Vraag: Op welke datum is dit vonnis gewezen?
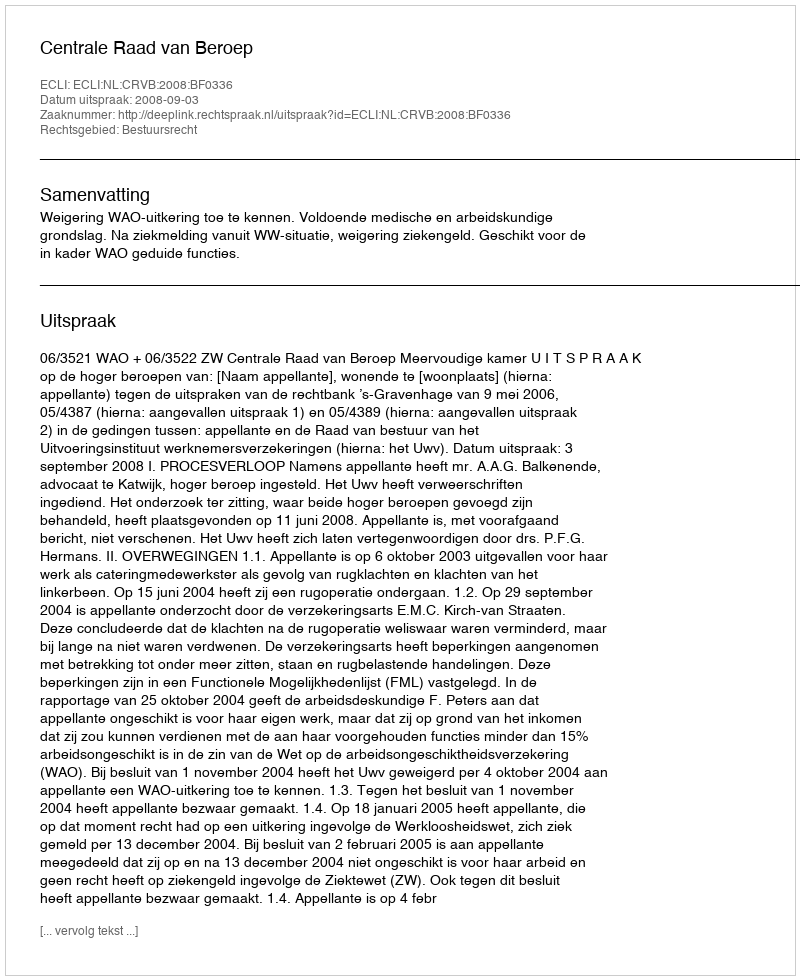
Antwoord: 2008-09-03